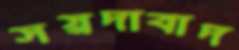
সয়দাবাদ